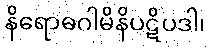
နိရောဓဂါမိနိပဋိပဒါ၊